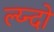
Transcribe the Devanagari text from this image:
ल्य्न्दों